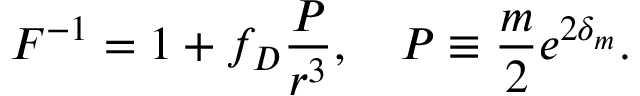
F ^ { - 1 } = 1 + f _ { D } { \frac { \cal P } { r ^ { 3 } } } , \ \ \ { \cal P } \equiv { \frac { m } { 2 } } e ^ { 2 \delta _ { m } } .